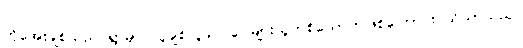
ကိုအေးချစ်သည် ရွာမှာ လူချစ်လူခင် ပေါများသူတစ်ယောက်ဖြစ်ကြောင်း သိသာသည်။